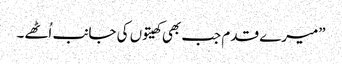
”میرے قدم جب بھی کھیتوں کی جانب اُٹھے۔